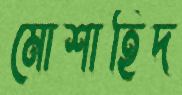
মোশাহিদ